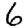
Digit: 6